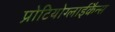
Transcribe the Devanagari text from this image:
प्रोटियोग्लाईकैन्स